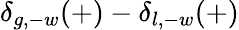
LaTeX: \delta_{g,-w}(+)-\delta_{l,-w}(+)